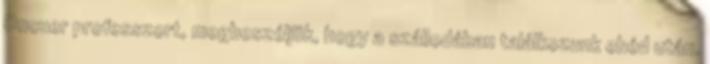
Oncuer professzort, megbeszéljük, hogy a szállodában találkozunk ebéd után.